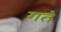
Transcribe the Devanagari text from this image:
गतं